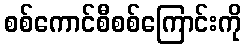
စစ်ကောင်စီစစ်ကြောင်းကို